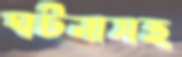
ঘটনাসহ